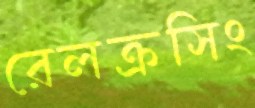
রেলক্রসিং